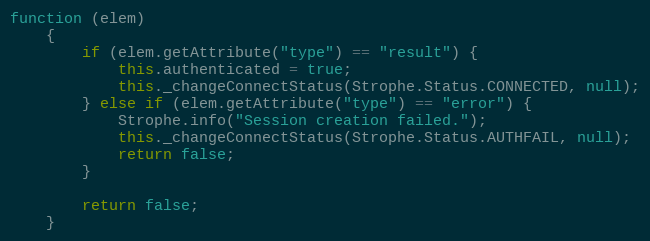
Language: JavaScript
function (elem)
    {
        if (elem.getAttribute("type") == "result") {
            this.authenticated = true;
            this._changeConnectStatus(Strophe.Status.CONNECTED, null);
        } else if (elem.getAttribute("type") == "error") {
            Strophe.info("Session creation failed.");
            this._changeConnectStatus(Strophe.Status.AUTHFAIL, null);
            return false;
        }

        return false;
    }